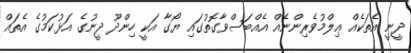
ދީނީ އެތަކެއް ޢިލްމުވެރިންނެއް އެއްބަސްވާގޮތުގައި ޔޯގާ އަކީ ހިންދޫ ދީނުގެ އަޅުކަމުގެ އެތައް